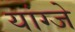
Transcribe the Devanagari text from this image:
यांग्जे